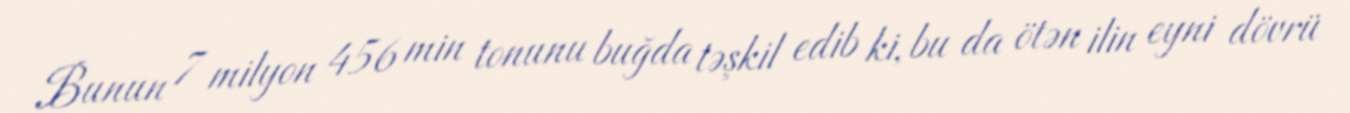
Bunun 7 milyon 456 min tonunu buğda təşkil edib ki, bu da ötən ilin eyni dövrü